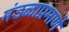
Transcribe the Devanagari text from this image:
मंडळाप्रमाणे